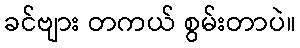
ခင်ဗျား တကယ် စွမ်းတာပဲ။